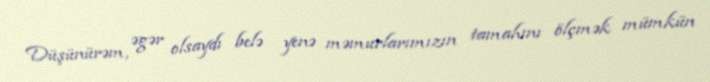
Düşünürəm, əgər olsaydı belə yenə məmurlarımızın tamahını ölçmək mümkün